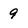
Character: 9